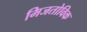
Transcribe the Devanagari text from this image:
मिजतोविक